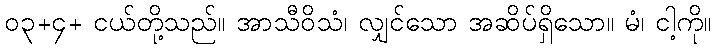
၀၃+၄+ ငယ်တို့သည်။ အာသီဝိသံ၊ လျှင်သော အဆိပ်ရှိသော။ မံ၊ ငါ့ကို။